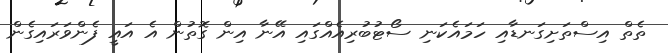
ތެތް އިސްތަށިގަނޑާއި ހަމައެކަނި ސޯޓުބުރިއެއްގައި އޭނާ އިން ގޮތުން އެ އައީ ފެންވަރައިގެން